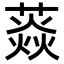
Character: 𦼐